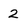
Character: 2